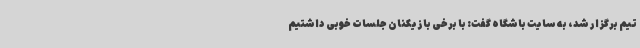
تیم برگزار شد، به سایت باشگاه گفت: با برخی بازیکنان جلسات خوبی داشتیم